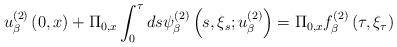
LaTeX: \begin{align*}u_{\beta }^{(2)}\left( 0,x\right) +\Pi _{0,x}\int_{0}^{\tau }ds\psi _{\beta}^{(2)}\left( s,\xi _{s};u_{\beta }^{(2)}\right) =\Pi _{0,x}f_{\beta}^{(2)}\left( \tau ,\xi _{\tau }\right) \end{align*}